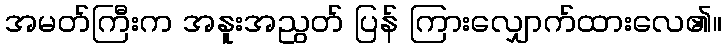
အမတ်ကြီးက အနူးအညွတ် ပြန် ကြားလျှောက်ထားလေ၏။